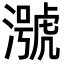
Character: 𪷢